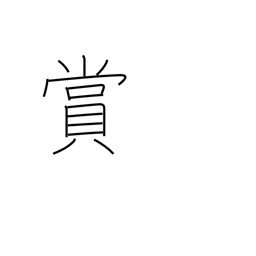
Meaning: reward